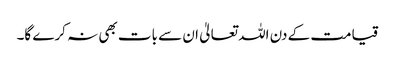
قیامت کے دن اللہ تعالیٰ ان سے بات بھی نہ کرے گا۔